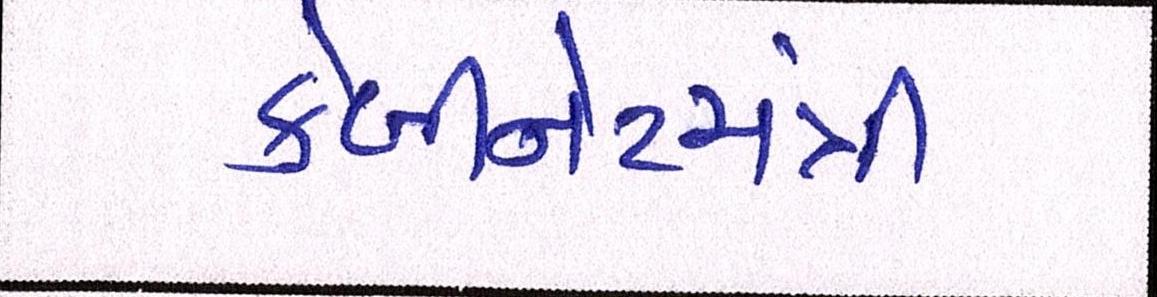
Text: કેબીનેટમંત્રી